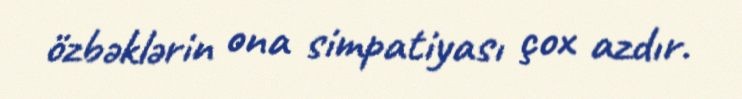
özbəklərin ona simpatiyası çox azdır.